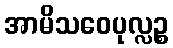
အာမိသဝေပုလ္လဉ္စ